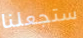
ستجعلنا